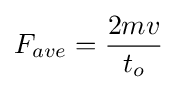
F_{ave}={\frac {2mv}{t_{o}}}